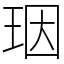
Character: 珚